Vaccination in Bombay 1863-1868 - 1863-1868
Year: 1863
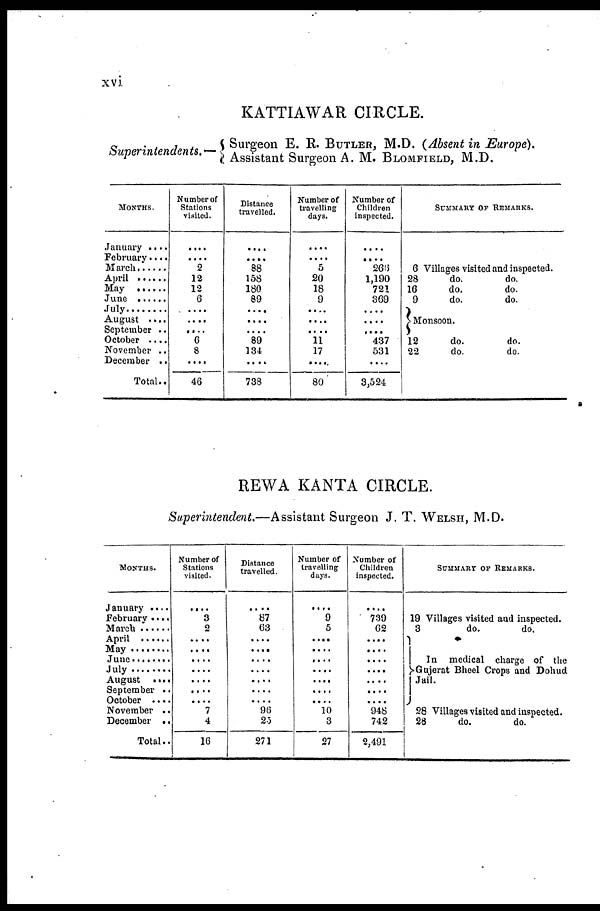
xvi
KATTIAWAR CIRCLE.
Superintendents.
Surgeon E. R. BUTLER, M.D. (Absent in Europe).
Assistant Surgeon A. M. BLOMFIELD, M.D.
MONTHS.
January . . . .
February . . . .
March . . . .
April . . . . .
May . . . . . .
June . . . . . .
July . . . . . .
August . . . .
September . .
October . . . .
November . .
December . .
Total . .
Number of
Stations
visited.
....
....
2
12
12
6
....
....
6
8
....
46
Distance
travelled.
....
....
88
158
180
89
....
....
....
89
134
....
738
Number of
travelling
days.
....
....
5
20
18
9
....
....
....
11
17
80
Number of
Children
inspected.
....
....
266
1,190
721
369
....
....
....
437
531
....
3,524
SUMMARY OF REMARKS.
6 Villages visited and inspected.
28
16
9
do.
do.
do.
do.
do.
do.
Monsoon.
12
22
do.
do.
do.
do.
REWA KANTA CIRCLE.
Superintendent.—Assistant Surgeon J. T. WELSH, M.D.
MONTHS.
January . . . .
February . . . .
March . . . . . .
April . . . . . .
May . . . . . . .
June . . . . . . .
July . . . . . . .
August . . . .
September . .
October . . . .
November . .
December . .
Total . .
Number of
Stations
visited.
....
3
2
....
....
....
....
....
....
....
7
4
16
Distance
travelled.
....
87
63
....
....
....
....
....
....
....
96
25
271
Number of
travelling
days.
....
9
5
....
....
....
....
....
....
....
10
3
27
Number of
Children
inspected.
....
739
62
....
....
....
....
....
....
....
948
742
2,491
SUMMARY OF REMARKS.
19 Villages visited and inspected.
3
do.
do.
In medical charge of the
Gujerat Bheel Crops and Dohud
Jail.
28 Villages visited and inspected.
28
do.
do.